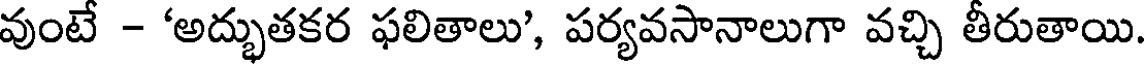
వుంటే - 'అద్భుతకర ఫలితాలు', పర్యవసానాలుగా వచ్చి తీరుతాయి.